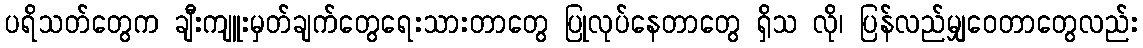
ပရိသတ်တွေက ချီးကျူးမှတ်ချက်တွေရေးသားတာတွေ ပြုလုပ်နေတာတွေ ရှိသ လို၊ ပြန်လည်မျှဝေတာတွေလည်း